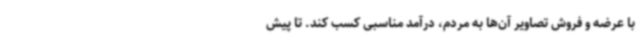
با عرضه و فروش تصاویر آن‌ها به مردم، درآمد مناسبی کسب کند. تا پیش